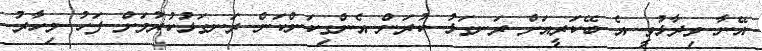
އޭނާ ވިދާޅުވީ އެ ބޭކަރީއަށް ރަނގަޅު ކުރަން އެންގިކަންކަން ރަނގަޅުކުރުމަށް ފަހު މިހާރު